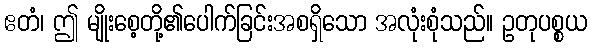
ဧတံ၊ ဤ မျိုးစေ့တို့၏ပေါက်ခြင်းအစရှိသော အလုံးစုံသည်။ ဥတုပစ္စယ